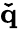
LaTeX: \mathbf{\check{q}}